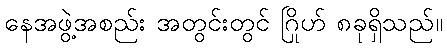
နေအဖွဲ့အစည်း အတွင်းတွင် ဂြိုဟ် ၈ခုရှိသည်။